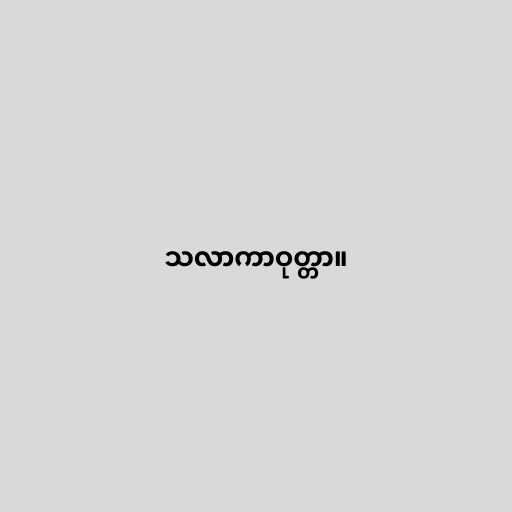
သလာကာဝုတ္တာ။